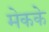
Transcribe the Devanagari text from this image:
मेकके